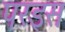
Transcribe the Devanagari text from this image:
परइस